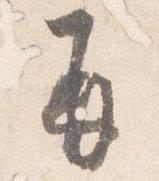
并